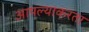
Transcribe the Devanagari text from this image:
आपल्याकरता